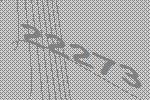
22273